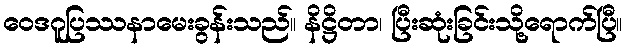
ဝေဒဂူပြဿနာမေးခွန်းသည်။ နိဋ္ဌိတာ၊ ပြီးဆုံးခြင်းသို့ရောက်ပြီ။